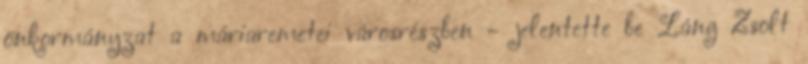
önkormányzat a máriaremetei városrészben - jelentette be Láng Zsolt